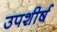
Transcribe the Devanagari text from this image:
उपशीर्ष